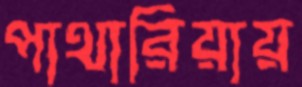
পাথারিয়ায়